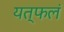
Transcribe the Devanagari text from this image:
यत्फलं